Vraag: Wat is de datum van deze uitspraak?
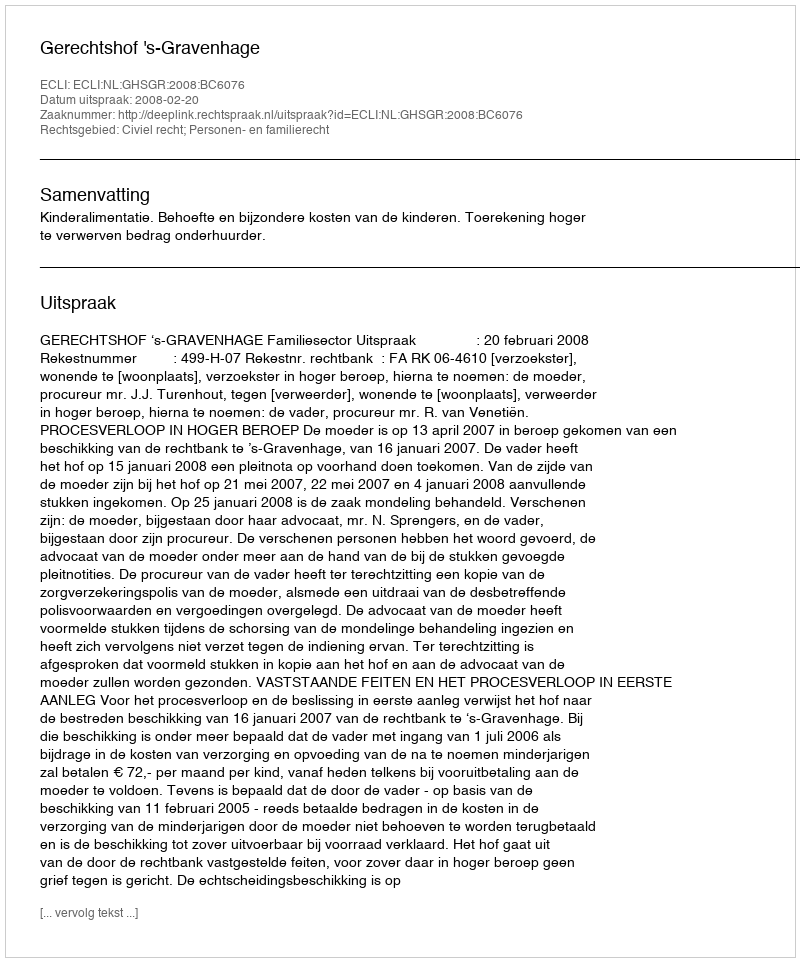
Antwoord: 2008-02-20